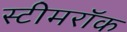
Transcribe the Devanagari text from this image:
स्टीमरॉक